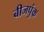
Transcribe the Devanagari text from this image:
बीजपुंक